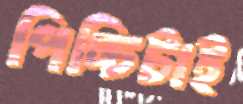
পিচ্চিটাই